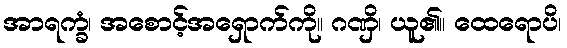
အာရက္ခံ၊ အစောင့်အရှောက်ကို။ ဂဏှိ၊ ယူ၏။ ထေရောပိ၊